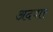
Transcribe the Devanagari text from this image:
अदवार